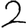
Digit: 2